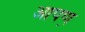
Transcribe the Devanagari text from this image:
आपण़